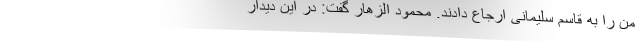
من را به قاسم سلیمانی ارجاع دادند. محمود الزهار گفت: در این دیدار